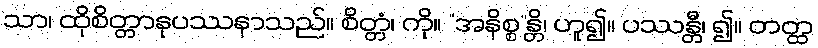
သာ၊ ထိုစိတ္တာနုပဿနာသည်။ စိတ္တံ၊ ကို။ “အနိစ္စ”န္တိ၊ ဟူ၍။ ပဿန္တီ၊ ၍။ တတ္ထ